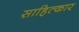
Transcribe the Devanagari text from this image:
साहित्कार